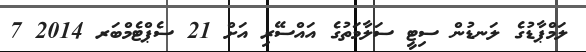
ލަމްޕާޑުގެ ލަނޑުން ސިޓީ ސަލާމަތުގެ އައްސޭރި އަށް 21 ސެޕްޓެމްބަރ 2014 7